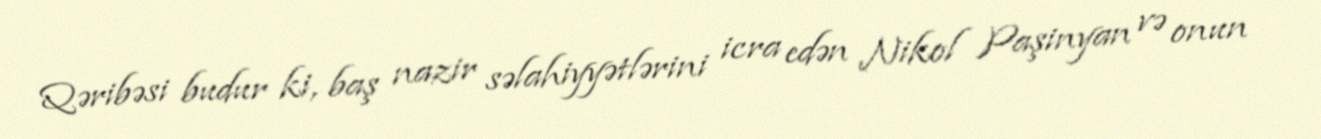
Qəribəsi budur ki, baş nazir səlahiyyətlərini icra edən Nikol Paşinyan və onun